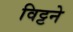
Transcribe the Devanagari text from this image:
विट्टने